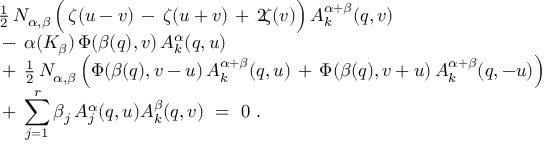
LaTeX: \begin{array} { l } { { { \textstyle \frac { 1 } { 2 } } \, N _ { \alpha , \beta } ^ { } \, \Bigl ( \, \zeta ( u - v ) \, - \, \zeta ( u + v ) \, + \, 2 \! \zeta ( v ) \Bigr ) \, A _ { k } ^ { \alpha + \beta } ( q , v ) } } \\ { { \mathrm { } - \, \alpha ( K _ { \beta } ) \, \Phi ( \beta ( q ) , v ) \, A _ { k } ^ { \alpha } ( q , u ) } } \\ { { \mathrm { } + \, { \textstyle \frac { 1 } { 2 } } \, N _ { \alpha , \beta } ^ { } \, \Bigl ( \Phi ( \beta ( q ) , v - u ) \, A _ { k } ^ { \alpha + \beta } ( q , u ) \, + \, \Phi ( \beta ( q ) , v + u ) \, A _ { k } ^ { \alpha + \beta } ( q , - u ) \Bigr ) } } \\ { { \mathrm { } + \, { \displaystyle \sum _ { j = 1 } ^ { r } } \, \beta _ { j } ^ { } \, A _ { j } ^ { \alpha } ( q , u ) A _ { k } ^ { \beta } ( q , v ) ~ = ~ 0 ~ . } } \end{array}